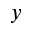
y